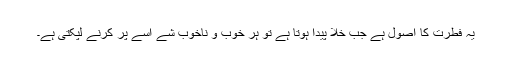
یہ فطرت کا اصول ہے جب خلا پیدا ہوتا ہے تو ہر خوب و ناخوب شے اسے پُر کرنے لپکتی ہے۔